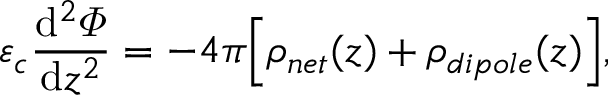
\varepsilon _ { c } \frac { \mathrm { d } ^ { 2 } \varPhi } { \mathrm { d } z ^ { 2 } } = - 4 \pi \Big [ \rho _ { n e t } ( z ) + \rho _ { d i p o l e } ( z ) \Big ] ,